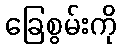
ခြေစွမ်းကို